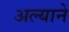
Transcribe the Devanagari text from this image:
अल्याने